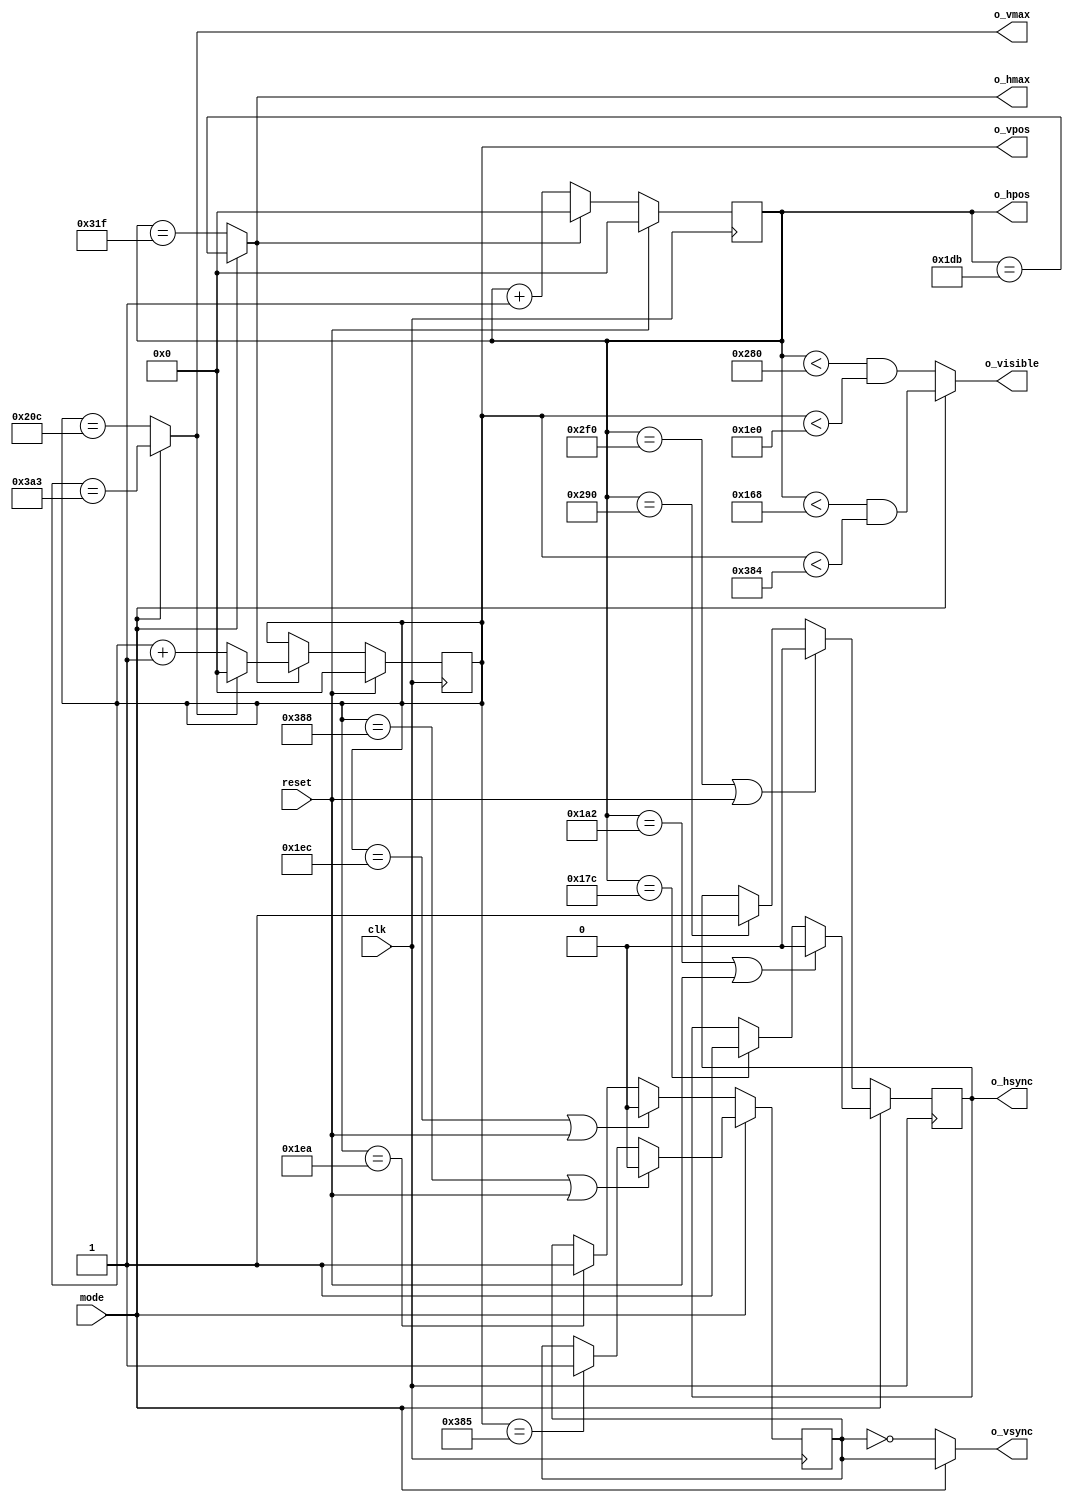
`default_nettype none
`timescale 1ns / 1ps

module vga_sync #(

  //SMELL: Instead of having lots of ternary operators (muxes based on mode),
  // it might be better to just use registers to store the parameters and load
  // those registers at the end of each frame. It seems there are only 8
  // actual registers we'd need to worry about (as their reset values are
  // derived from all the other constants). The ones that matter are:
  // - H_MAX, V_MAX
  // - H_VIEW, V_VIEW
  // - H_SYNC_START, V_SYNC_START
  // - H_SYNC_END, V_SYNC_END
  
  //SMELL: If we use these parameters in future, should they just be localparams instead?

  // Mode 0: 640x480@60Hz timing (http://tinyvga.com/vga-timing/640x480@60Hz).
  // Overall timing for true VGA 25.175MHz clock: 25,175,000 / 800 / 525 = 59.94Hz
  // or for 25.0MHz clock: 59.52Hz
  // 800 clocks wide:
  parameter M0_H_VIEW       = 640,  // Visible area comes first...
  parameter M0_H_FRONT      =  16,  // ...then HBLANK starts with M0_H_FRONT (RHS border)...
  parameter M0_H_SYNC       =  96,  // ...then sync pulse starts...
  parameter M0_H_BACK       =  48,  // ...then remainder of HBLANK (LHS border).
  parameter M0_H_MAX        = M0_H_VIEW + M0_H_FRONT + M0_H_SYNC + M0_H_BACK - 1,
  parameter M0_H_SYNC_START = M0_H_VIEW + M0_H_FRONT,
  parameter M0_H_SYNC_END   = M0_H_SYNC_START + M0_H_SYNC,
  // 525 lines tall:
  parameter M0_V_VIEW       = 480,
  parameter M0_V_FRONT      =  10,
  parameter M0_V_SYNC       =   2,
  parameter M0_V_BACK       =  33,
  parameter M0_V_MAX        = M0_V_VIEW + M0_V_FRONT + M0_V_SYNC + M0_V_BACK - 1,
  parameter M0_V_SYNC_START = M0_V_VIEW + M0_V_FRONT,
  parameter M0_V_SYNC_END   = M0_V_SYNC_START + M0_V_SYNC,

  // Mode 1: 1440x900@60 timing (http://tinyvga.com/vga-timing/1440x900@60Hz),
  // but with the clock divided by 4 (so 360x900) from 106.47MHz to 26.6175MHz.
  // 476 clocks wide (normally 1904 at full 1440x900 pixel clock):
  parameter M1_H_VIEW       = 360,  // 1440/4 // Visible area comes first...
  parameter M1_H_FRONT      =  20,  //   80/4 // ...then HBLANK starts with M1_H_FRONT (RHS border)...
  parameter M1_H_SYNC       =  38,  //  152/4 // ...then sync pulse starts...
  parameter M1_H_BACK       =  58,  //  232/4 // ...then remainder of HBLANK (LHS border).
  parameter M1_H_MAX        = M1_H_VIEW + M1_H_FRONT + M1_H_SYNC + M1_H_BACK - 1,
  parameter M1_H_SYNC_START = M1_H_VIEW + M1_H_FRONT,
  parameter M1_H_SYNC_END   = M1_H_SYNC_START + M1_H_SYNC,
  // 932 lines tall:
  parameter M1_V_VIEW       = 900,
  parameter M1_V_FRONT      =   1,
  parameter M1_V_SYNC       =   3,
  parameter M1_V_BACK       =  28,
  parameter M1_V_MAX        = M1_V_VIEW + M1_V_FRONT + M1_V_SYNC + M1_V_BACK - 1,
  parameter M1_V_SYNC_START = M1_V_VIEW + M1_V_FRONT,
  parameter M1_V_SYNC_END   = M1_V_SYNC_START + M1_V_SYNC

  //NOTE: If we were to use the 26.6175MHz clock for 640x480, this would be 63.375Hz.
  // Alternatively, 26.6175MHz for div-2 of this: http://tinyvga.com/vga-timing/800x600@85Hz
  // ...would mean 80.502Hz.
  // Or how about: http://tinyvga.com/vga-timing/640x400@70Hz
  // ...74.102Hz
  // On the flipside, 25.175MHz could give us 1440x900-div4 at 56.747Hz. Would my monitor sync to that?
  // It's also close mul-4 to 102.1MHz (1280x960@60), and 124.54MHz (1280x960@72).
) (
  // Inputs:
  input wire          clk,
  input wire          reset,
  input wire          mode,   // Selects between 640x480@60 timing (mode 0) and 1440x900@60 timing (mode 1).
  // Outputs:
  output wire         o_hsync,  // Polarity matches whatever the selected 'mode' needs.
  output wire         o_vsync,  // Polarity matches whatever the selected 'mode' needs.
  output wire [9:0]   o_hpos,
  output wire [9:0]   o_vpos,
  output wire         o_hmax,
  output wire         o_vmax,
  output wire         o_visible
);

  // HSYNC and VSYNC:
  // These are the internal POSITIVE polarity sync signals.
  reg hsync, vsync;
  // Mode 0 and 1 both use negative polarity HSYNC:
  assign o_hsync = hsync;
  // Mode 0 VSYNC is neg polarity. For Mode 1 it is pos:
  assign o_vsync = (mode==0) ? ~vsync : vsync;
  
  // Pixel counters:
  reg [9:0] hpos, vpos;
  assign o_hpos = hpos;
  assign o_vpos = vpos;

  //TODO: Reduce equality checks to just test the bits that matter,
  // because we don't care about values ABOVE these.
  // Might also be able to do similar with comparisons.
  //TODO: Consider making 'visible' a reg insted of combo.

  assign o_hmax = (mode==0) ? (hpos == M0_H_MAX) : (hpos == M1_H_MAX);
  assign o_vmax = (mode==0) ? (vpos == M0_V_MAX) : (vpos == M1_V_MAX);
  assign o_visible =
    (mode==0) ? (hpos<M0_H_VIEW && vpos<M0_V_VIEW):
                (hpos<M1_H_VIEW && vpos<M1_V_VIEW);

  // Horizontal tracing:
  always @(posedge clk) begin
          if (reset)                      hpos <= 0;
    else  if (o_hmax)                     hpos <= 0;
    else                                  hpos <= hpos + 1'b1;
  end

  // Vertical tracing:
  always @(posedge clk) begin
          if (reset)                      vpos <= 0;
    else  if (o_hmax)                     vpos <= (o_vmax) ? 1'b0 : vpos + 1'b1;
  end

  // HSYNC:
  always @(posedge clk) begin
    if (mode==0) begin
            if (hpos==M0_H_SYNC_END || reset)  hsync <= 0;
      else  if (hpos==M0_H_SYNC_START)         hsync <= 1;
    end else begin
            if (hpos==M1_H_SYNC_END || reset)  hsync <= 0;
      else  if (hpos==M1_H_SYNC_START)         hsync <= 1;
    end
  end

  // VSYNC:
  always @(posedge clk) begin
    if (mode==0) begin
            if (vpos==M0_V_SYNC_END || reset)  vsync <= 0;
      else  if (vpos==M0_V_SYNC_START)         vsync <= 1;
    end else begin
            if (vpos==M1_V_SYNC_END || reset)  vsync <= 0;
      else  if (vpos==M1_V_SYNC_START)         vsync <= 1;
    end
  end
endmodule